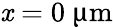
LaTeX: \mathit{x}=0~{\upmu\mathrm{{m}}}